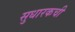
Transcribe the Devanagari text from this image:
सुधारकची